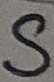
Text: S